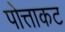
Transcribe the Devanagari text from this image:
पोत्ताकट